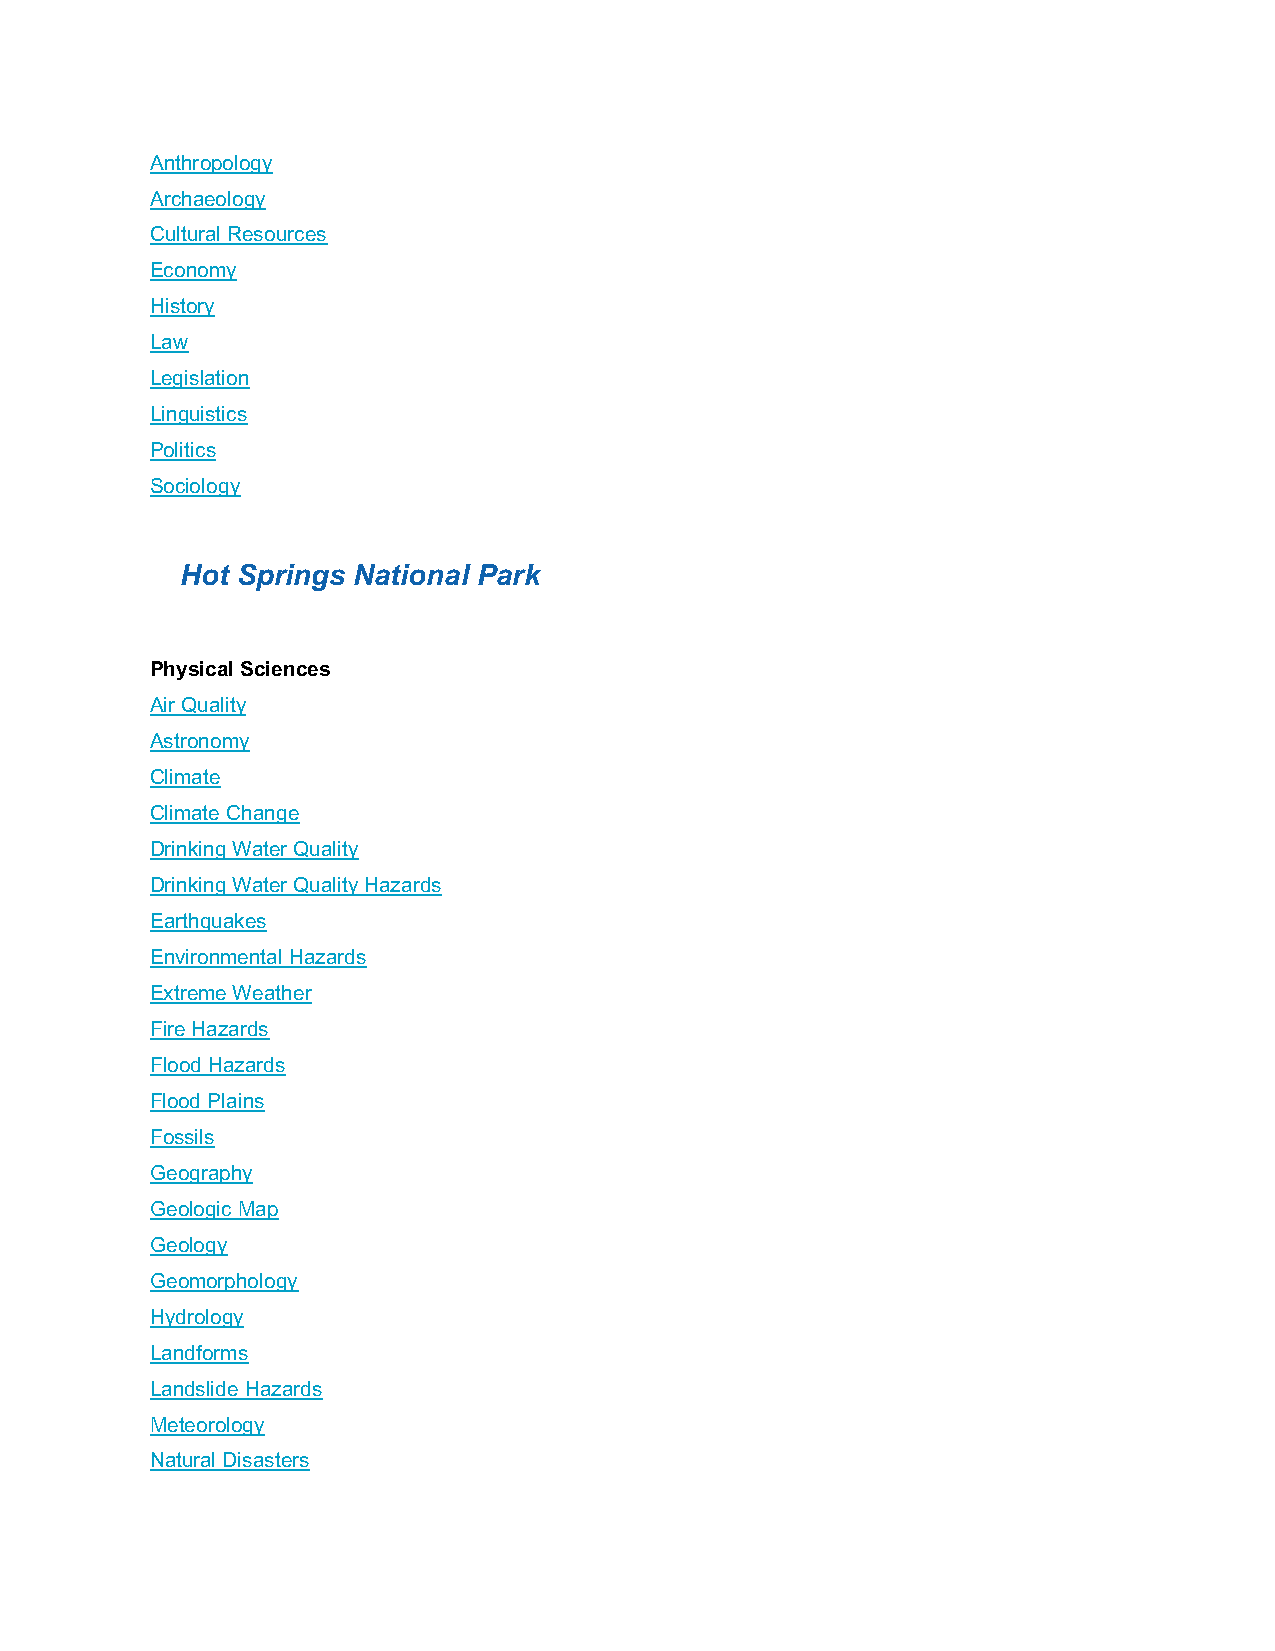
Anthropology
 Archaeology
 Cultural Resources
 Economy
 History
 Law
 Legislation
 Linguistics
 Politics
 Sociology
 Hot Springs National Park
 Physical Sciences
 Air Quality
 Astronomy
 Climate
 Climate Change
 Drinking Water Quality
 Drinking Water Quality Hazards
 Earthquakes
 Environmental Hazards
 Extreme Weather
 Fire Hazards
 Flood Hazards
 Flood Plains
 Fossils
 Geography
 Geologic Map
 Geology
 Geomorphology
 Hydrology
 Landforms
 Landslide Hazards
 Meteorology
 Natural Disasters